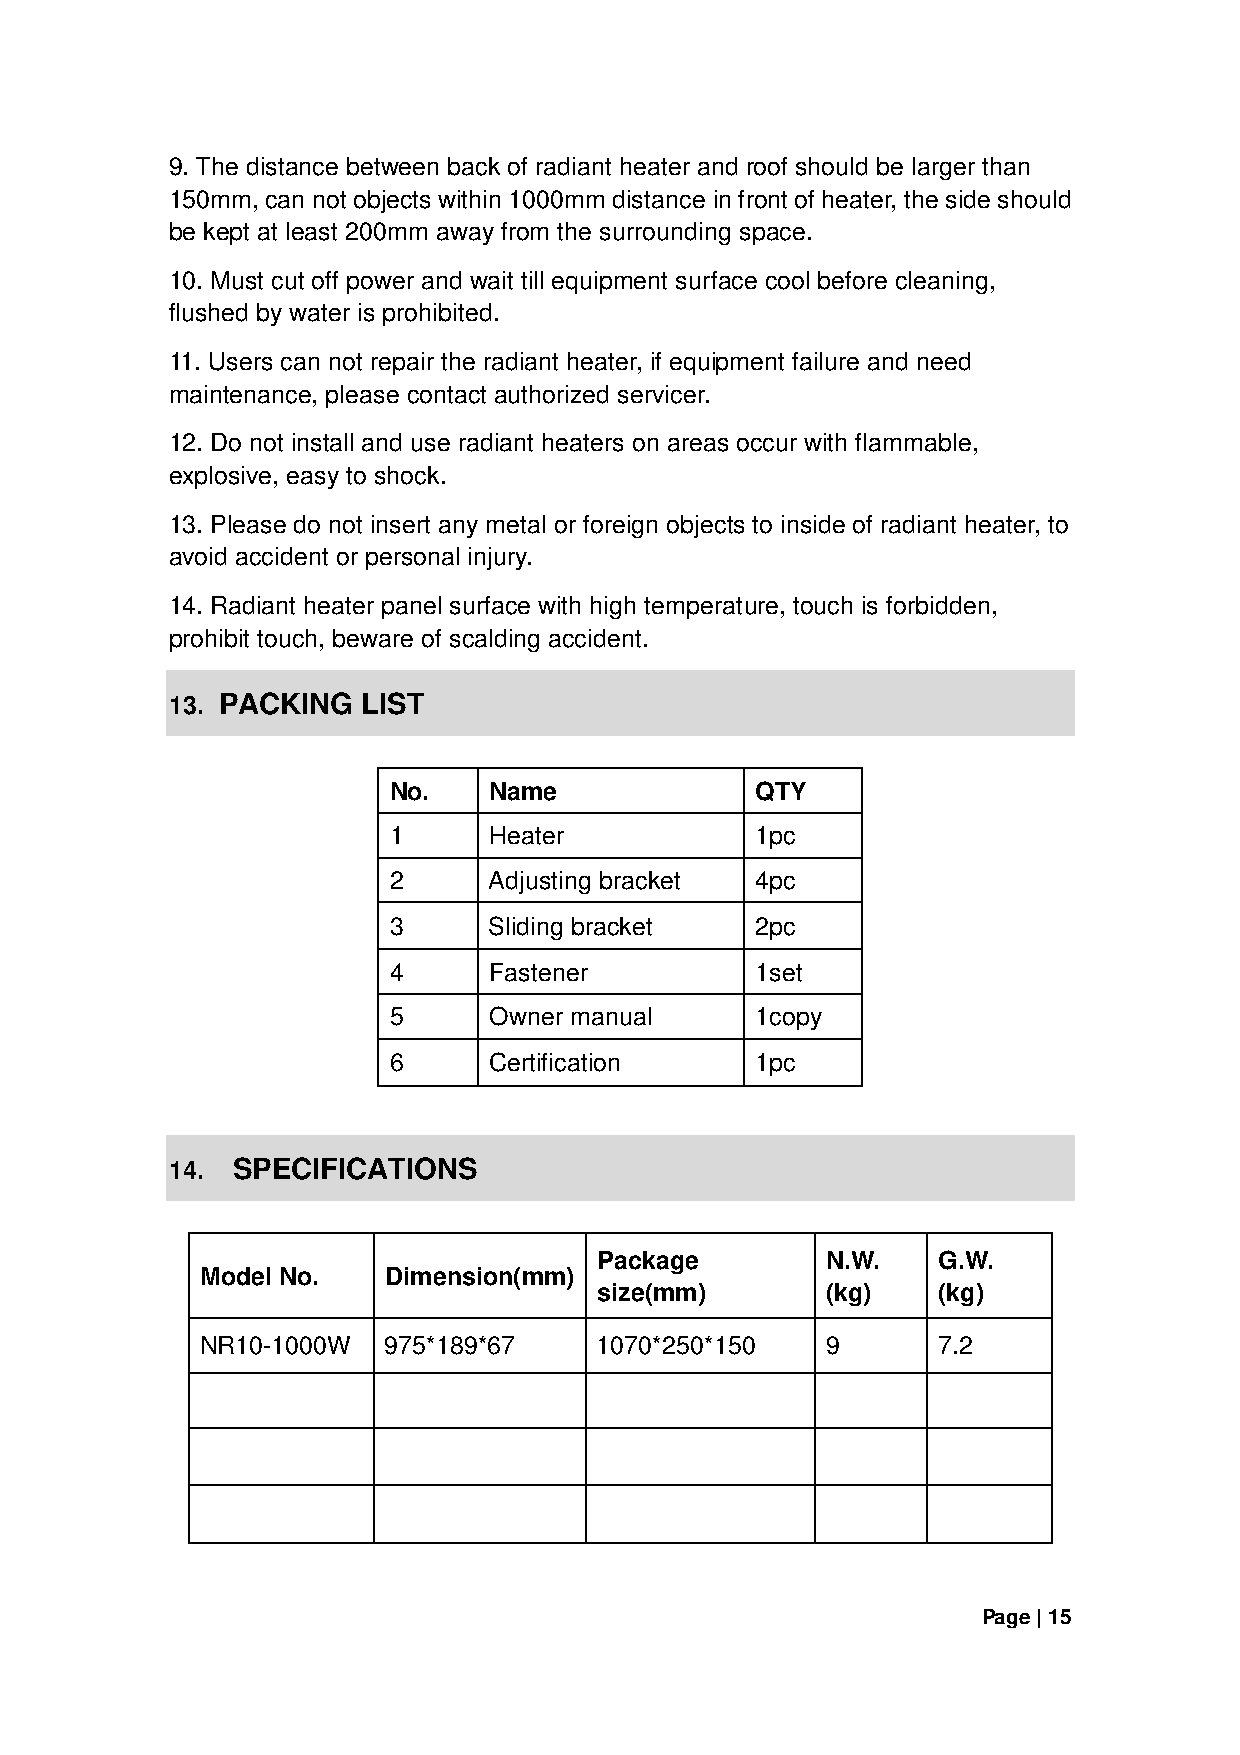
9. The distance between back of radiant heater and roof should be larger than
 150mm, can not objects within 1000mm distance in front of heater, the side should
 be kept at least 200mm away from the surrounding space.
 10. Must cut off power and wait till equipment surface cool before cleaning,
 flushed by water is prohibited.
 11. Users can not repair the radiant heater, if equipment failure and need
 maintenance, please contact authorized servicer.
 12. Do not install and use radiant heaters on areas occur with flammable,
 explosive, easy to shock.
 13. Please do not insert any metal or foreign objects to inside of radiant heater, to
 avoid accident or personal injury.
 14. Radiant heater panel surface with high temperature, touch is forbidden,
 prohibit touch, beware of scalding accident.
 13. PACKING  LIST
 No.   Name              QTY
 1     Heater            1pc
 2     Adjusting bracket 4pc
 3     Sliding bracket   2pc
 4     Fastener          1set
 5     Owner manual      1copy
 6     Certification     1pc
 14. SPECIFICATIONS
 Package        N.W.   G.W.
 Model No.    Dimension(mm)
 size(mm)       (kg)   (kg)
 NR10-1000W   975*189*67    1070*250*150   9      7.2
 Page | 15